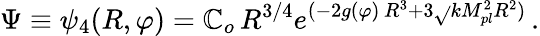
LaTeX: \Psi\equiv\psi_{4}(R,\varphi)=\mathbb{C}_{o}\, R^{3/4}e^{(-2g(\varphi)\, R^{3}+3\sqrt{}{{k}}M_{pl}^{2}R^{2})}\, .